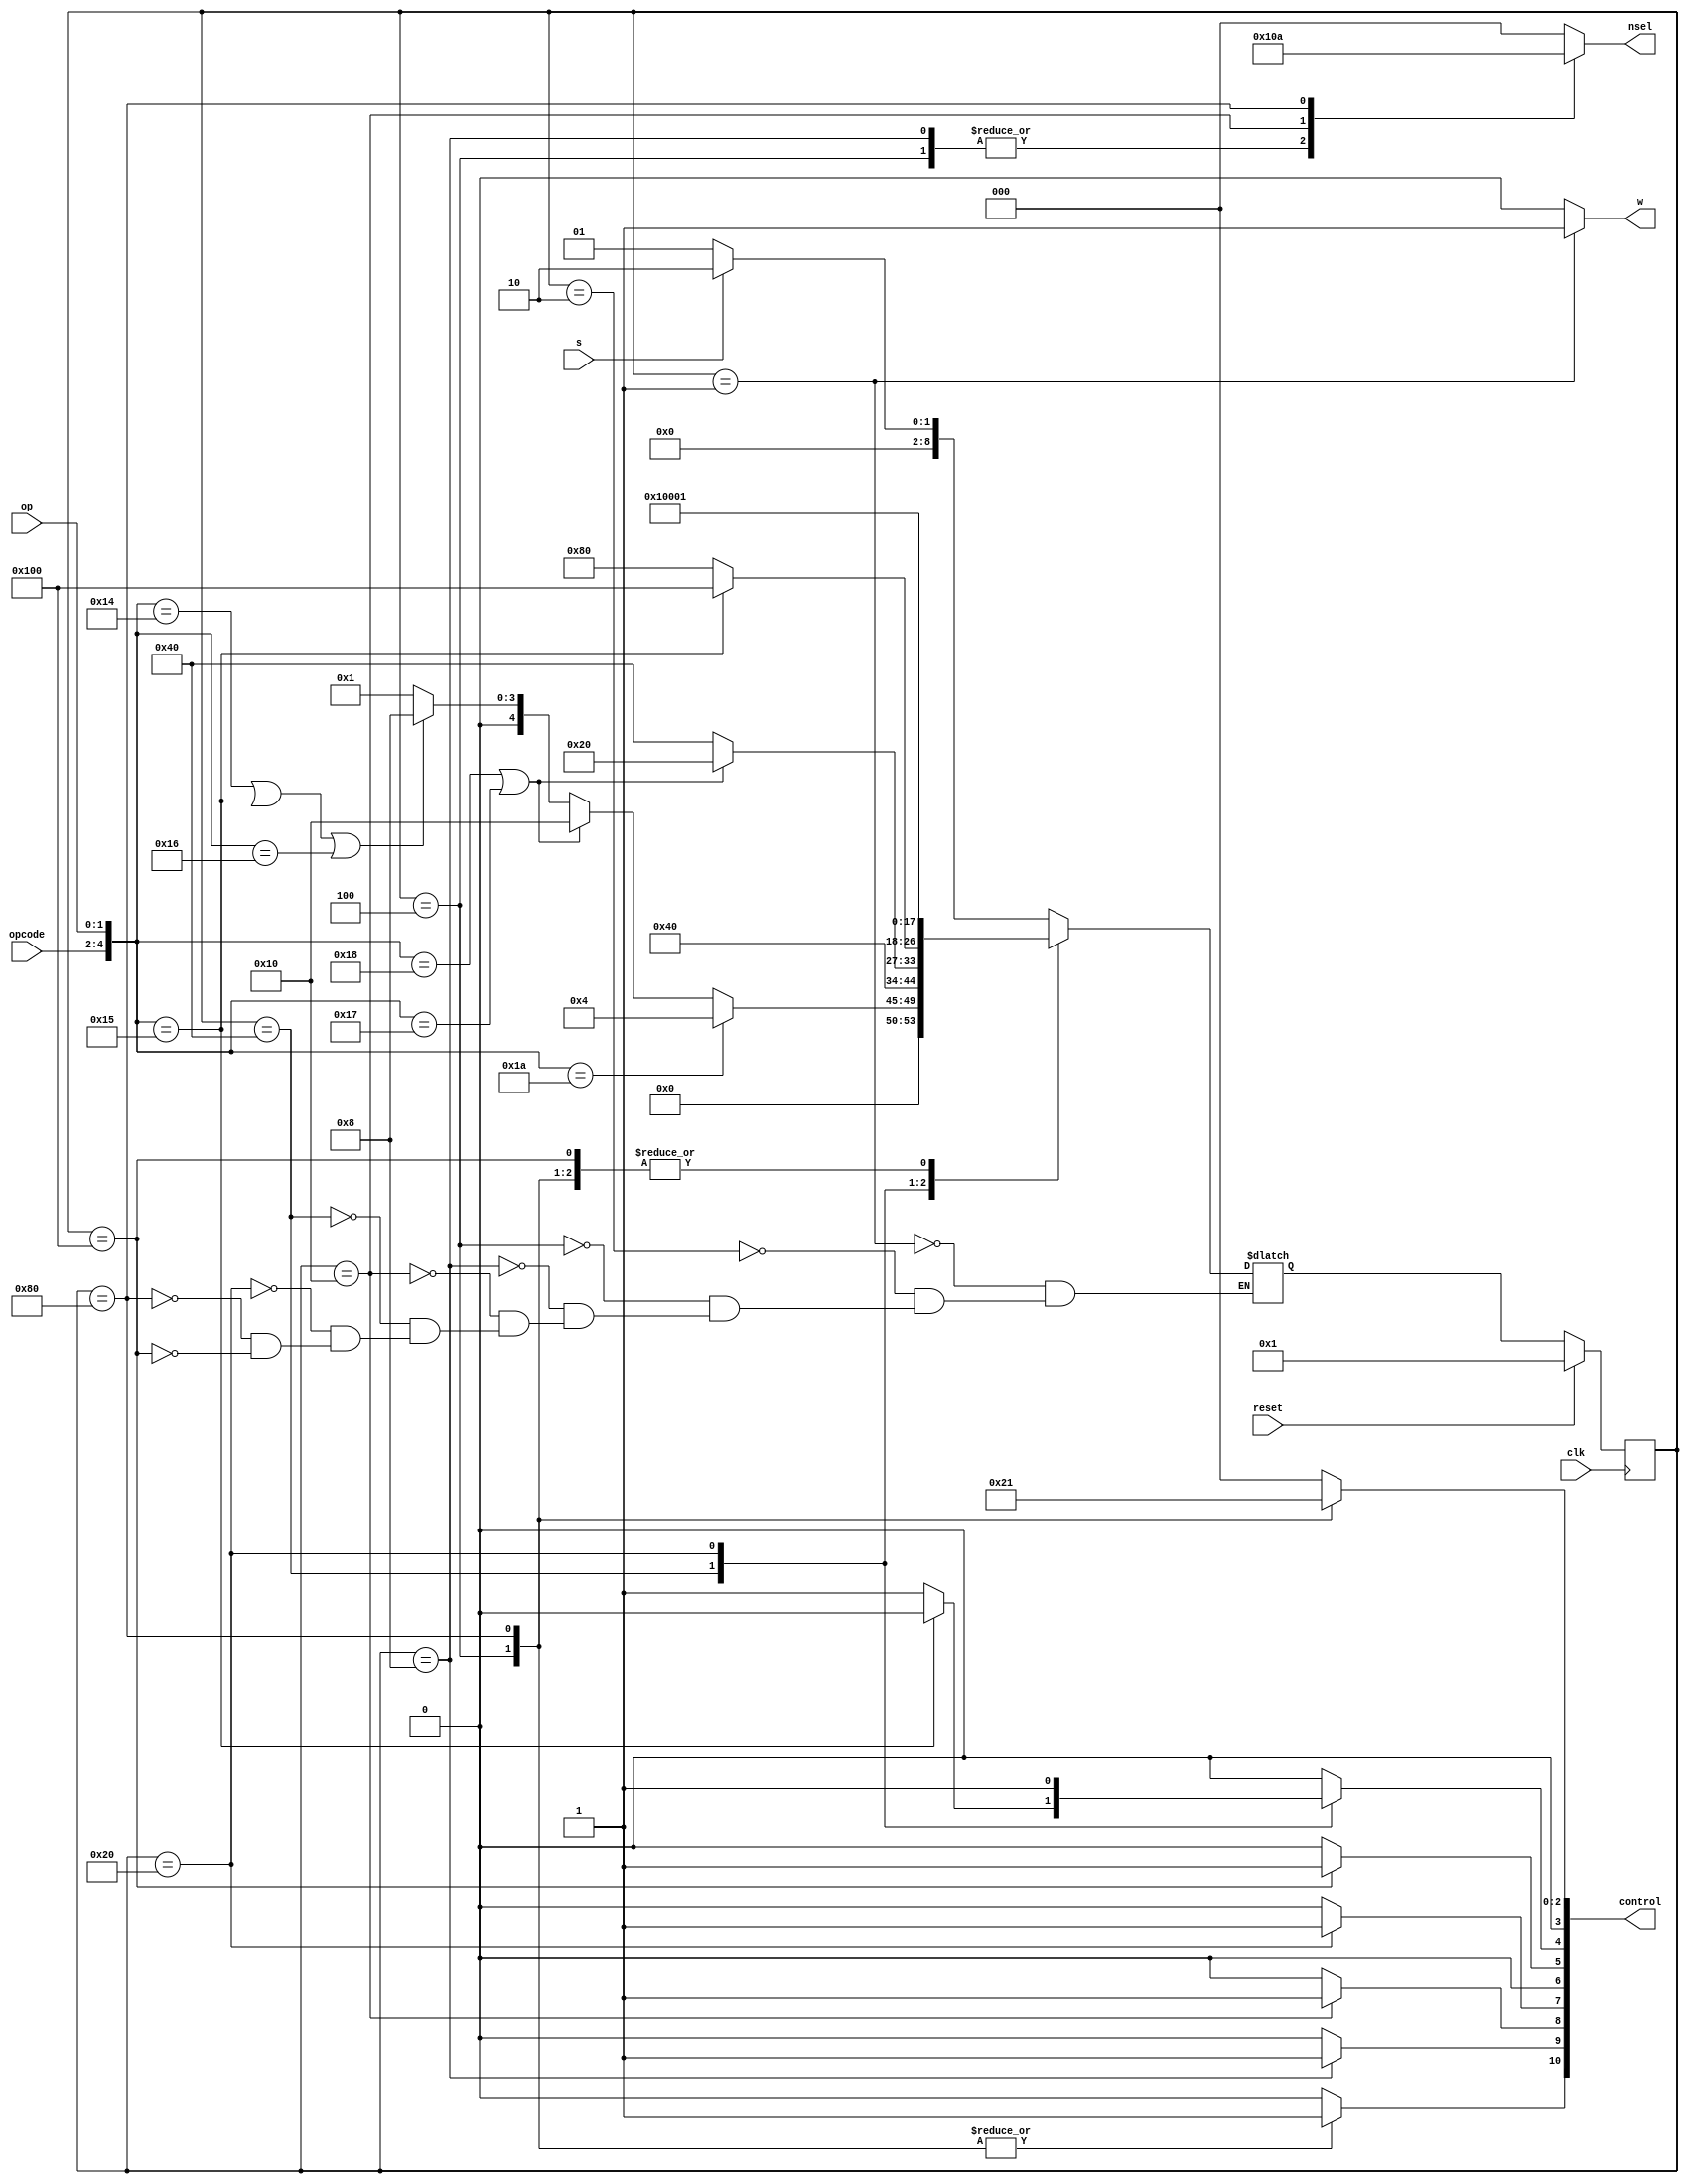
module FSM_controller(clk, s, reset, opcode, op, w, nsel, control);
    input clk;
    input s, reset;
    input [1:0] op;
    input [2:0] opcode;
    output w;
    reg w;
    output [2:0] nsel;
    reg [2:0] nsel;
    output [10:0] control;

    // States encoding
    `define wait        9'b000_000_001
    `define decode      9'b000_000_010
    `define writeImm    9'b000_000_100
    `define getA        9'b000_001_000
    `define getB        9'b000_010_000
    `define shift       9'b000_100_000
    `define execute     9'b001_000_000
    `define writeReg    9'b010_000_000
    `define writeStatus 9'b100_000_000

    // Decoding Signals
    `define MOV_IMM 5'b110_10
    `define MOV_SHIFT 5'b110_00
    `define ADD 5'b101_00
    `define CMP 5'b101_01
    `define AND 5'b101_10
    `define MVN 5'b101_11

    //Internal Signals
    reg write, loada, loadb, asel, bsel, loads, loadc;
    reg [3:0] vsel;
    reg [8:0] next_state, present_state;

    // Assigning the control signal output
    assign control = {write, loada, loadb, asel, bsel, loads, loadc, vsel};

    // Finite state machine time
    always @(posedge clk) begin
        present_state = reset ? `wait : next_state;
    end

    always @(*) begin
        {write, loada, loadb, asel, bsel, loads, loadc, vsel} = {11{1'b0}};
        nsel = 3'b000;
        w = 1'b0;
        case(present_state)
            `wait: if(s == 1'b1) begin
                    next_state = `decode;
                    w = 1'b1;
                end else begin
                    next_state = `wait;
                    w = 1'b1;
                end
            `decode: if({opcode, op} == `MOV_IMM) begin
                    next_state = `writeImm;
                end else if ({opcode, op} == `MOV_SHIFT || {opcode, op} == `MVN) begin
                    next_state = `getB;
                end else if ({opcode, op} == `ADD || {opcode, op} == `CMP || {opcode, op} == `AND) begin
                    next_state = `getA;
                end else begin
                    next_state = `wait;
                end
            `writeImm: begin
                    next_state = `wait;
                    nsel = 3'b100;
                    write = 1'b1;
                    vsel = 4'b0100;
                end
            `getA: begin
                    next_state = `getB;
                    nsel = 3'b100;
                    loada = 1'b1;
                end
            `getB: begin
                    if ({opcode, op} == `MOV_SHIFT || {opcode, op} == `MVN) begin
                        next_state = `shift;
                    end else begin
                        next_state = `execute;
                    end
                    nsel = 3'b001;
                    loadb = 1'b1;
                end
            `execute: begin
                    if ({opcode, op} == `CMP) begin
                        next_state = `writeStatus;
                        loadc= 1'b0;
                    end else begin
                        next_state = `writeReg;
                        loadc= 1'b1;
                    end
                    asel = 1'b0;
                    bsel = 1'b0;
                end
            `shift: begin
                    next_state = `writeReg;
                    asel = 1'b1;
                    bsel = 1'b0;
                    loadc = 1'b1;
                end
            `writeReg: begin
                    next_state = `wait;
                    nsel = 3'b010;
                    vsel = 4'b0001;
                    write = 1'b1;
                end
            `writeStatus: begin
                    next_state = `wait;
                    loads = 1'b1;
                end
        endcase
    end
endmodule